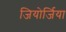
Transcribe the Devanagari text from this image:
जियोर्जिया